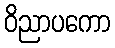
ဝိညာပကော